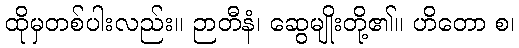
ထိုမှတစ်ပါးလည်း။ ဉာတီနံ၊ ဆွေမျိုးတို့၏။ ဟိတော စ၊